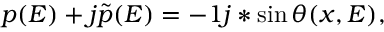
\begin{array} { r } { p ( E ) + j \tilde { p } ( E ) = - 1 j * \sin \theta ( x , E ) , } \end{array}